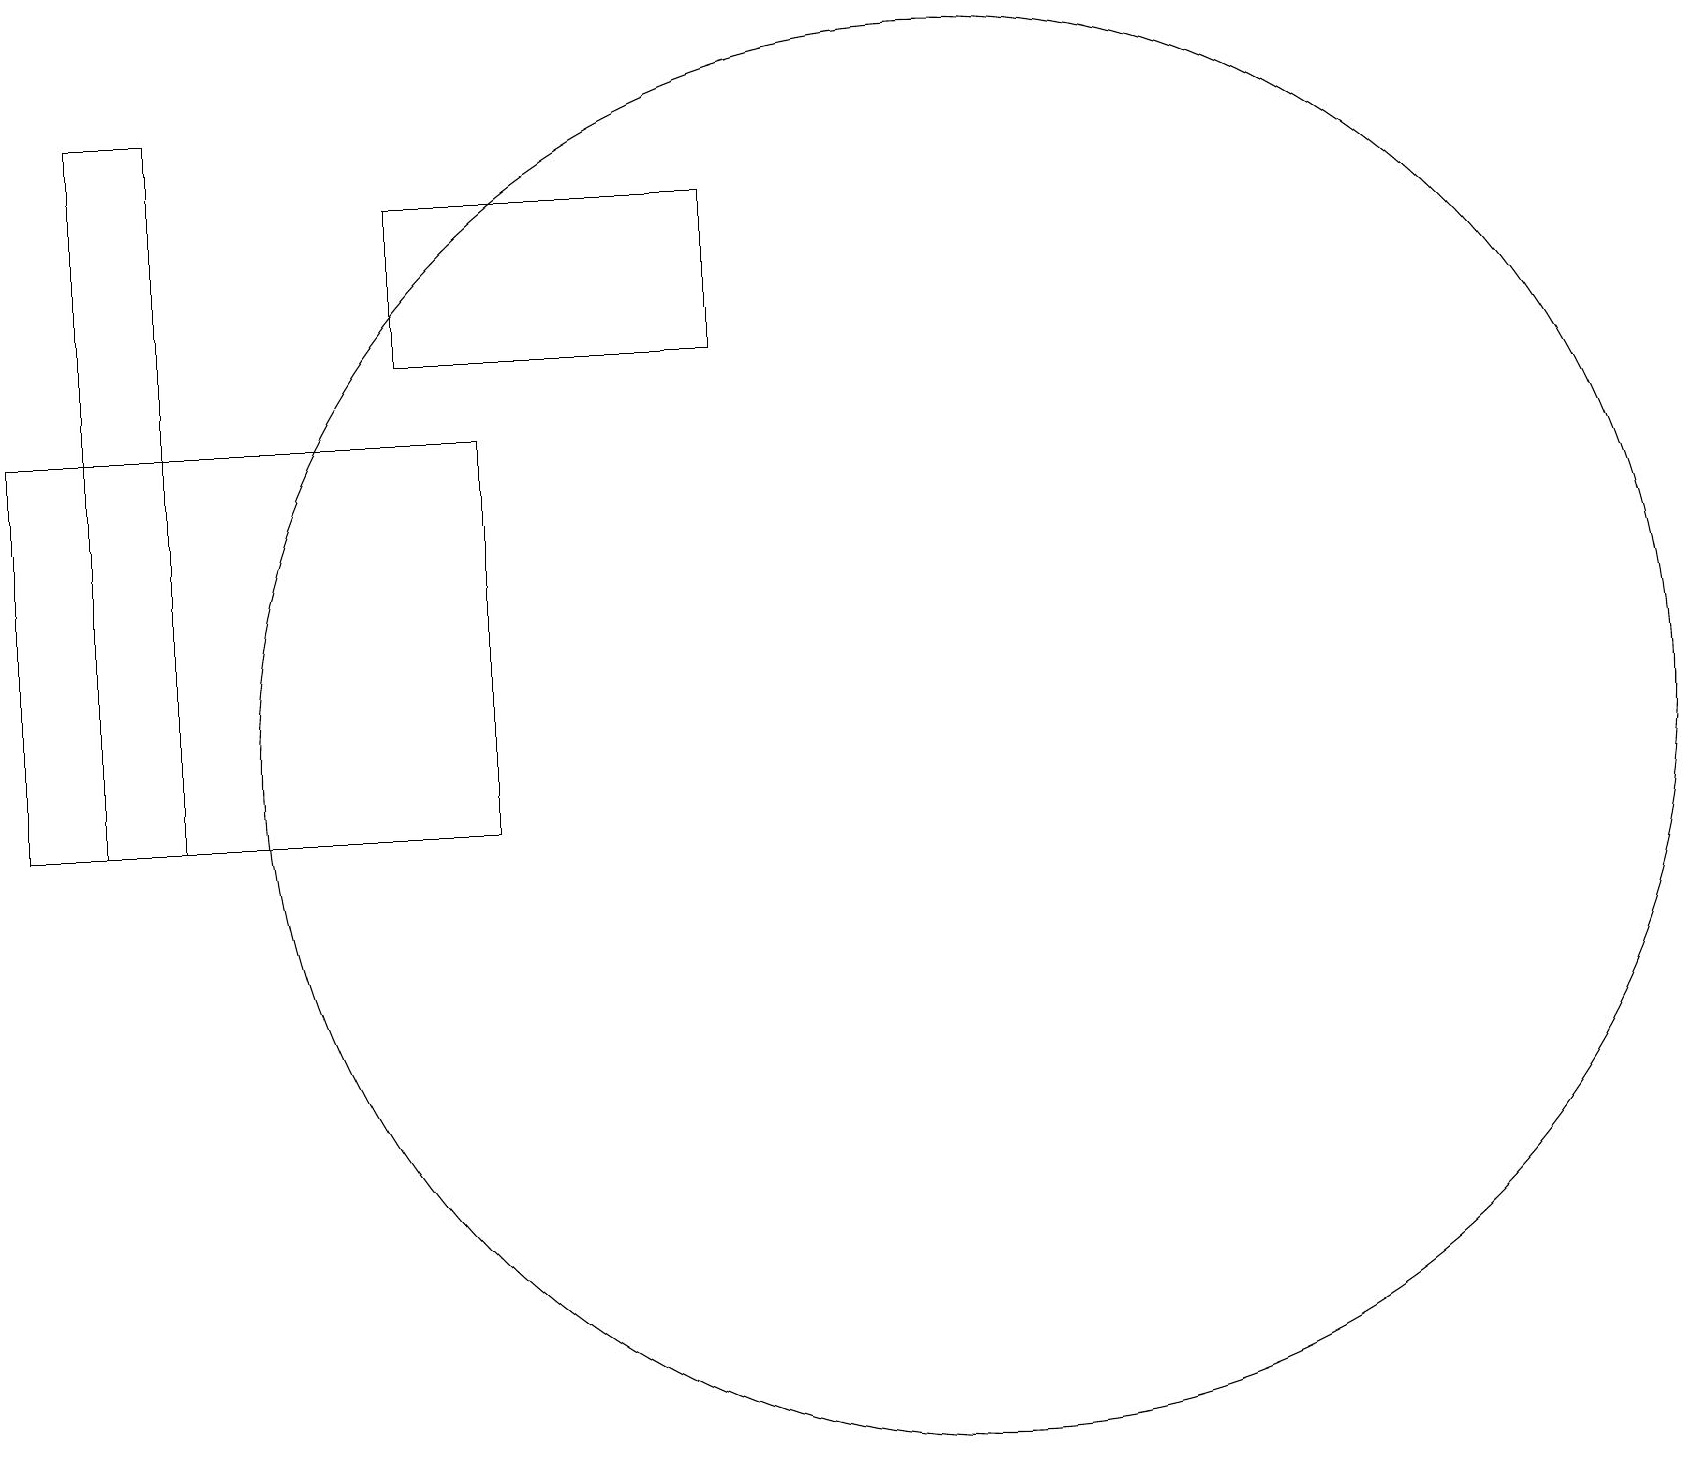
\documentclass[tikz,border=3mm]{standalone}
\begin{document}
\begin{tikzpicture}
\draw (9,16) rectangle (5,18);
\draw (1,10) rectangle (2,19);
\draw (6,15) rectangle (0,10);
\draw (12,11) circle (9);
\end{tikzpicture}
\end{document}